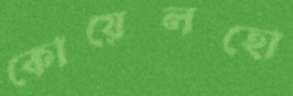
কোয়েলহো